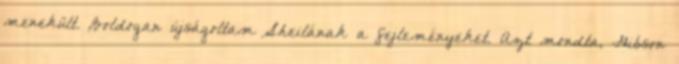
menekült. Boldogan újságoltam Sheilának a fejleményeket. Azt mondta, Gibson